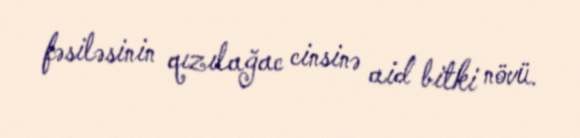
fəsiləsinin qızılağac cinsinə aid bitki növü.